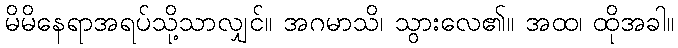
မိမိနေရာအရပ်သို့သာလျှင်။ အဂမာသိ၊ သွားလေ၏။ အထ၊ ထိုအခါ။